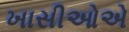
ખાસીઓએ